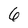
Character: 6